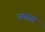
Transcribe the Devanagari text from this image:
रुफस